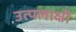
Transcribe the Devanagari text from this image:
उत्पलाक्षी